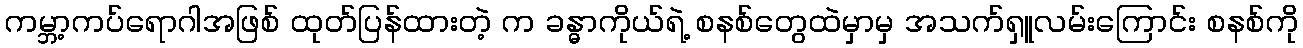
ကမ္ဘာ့ကပ်ရောဂါအဖြစ် ထုတ်ပြန်ထားတဲ့ က ခန္ဓာကိုယ်ရဲ့ စနစ်တွေထဲမှာမှ အသက်ရှူလမ်းကြောင်း စနစ်ကို